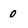
Character: 0